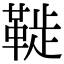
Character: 𩋀